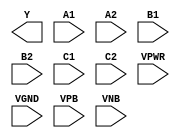
/**
 * Copyright 2020 The SkyWater PDK Authors
 *
 * Licensed under the Apache License, Version 2.0 (the "License");
 * you may not use this file except in compliance with the License.
 * You may obtain a copy of the License at
 *
 *     https://www.apache.org/licenses/LICENSE-2.0
 *
 * Unless required by applicable law or agreed to in writing, software
 * distributed under the License is distributed on an "AS IS" BASIS,
 * WITHOUT WARRANTIES OR CONDITIONS OF ANY KIND, either express or implied.
 * See the License for the specific language governing permissions and
 * limitations under the License.
 *
 * SPDX-License-Identifier: Apache-2.0
 */

`ifndef SKY130_FD_SC_MS__A222OI_PP_BLACKBOX_V
`define SKY130_FD_SC_MS__A222OI_PP_BLACKBOX_V

/**
 * a222oi: 2-input AND into all inputs of 3-input NOR.
 *
 *         Y = !((A1 & A2) | (B1 & B2) | (C1 & C2))
 *
 * Verilog stub definition (black box with power pins).
 *
 * WARNING: This file is autogenerated, do not modify directly!
 */

`timescale 1ns / 1ps
`default_nettype none

(* blackbox *)
module sky130_fd_sc_ms__a222oi (
    Y   ,
    A1  ,
    A2  ,
    B1  ,
    B2  ,
    C1  ,
    C2  ,
    VPWR,
    VGND,
    VPB ,
    VNB
);

    output Y   ;
    input  A1  ;
    input  A2  ;
    input  B1  ;
    input  B2  ;
    input  C1  ;
    input  C2  ;
    input  VPWR;
    input  VGND;
    input  VPB ;
    input  VNB ;
endmodule

`default_nettype wire
`endif  // SKY130_FD_SC_MS__A222OI_PP_BLACKBOX_V